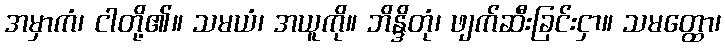
အမှာကံ၊ ငါတို့၏။ သမယံ၊ အယူကို။ ဘိန္ဒိတုံ၊ ဖျက်ဆီးခြင်းငှာ။ သမတ္ထော၊